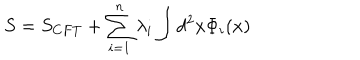
LaTeX: S = S _ { C F T } + \sum _ { i = 1 } ^ { n } \lambda _ { i } \int d ^ { 2 } x \Phi _ { i } ( x )